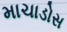
માચાડોસ